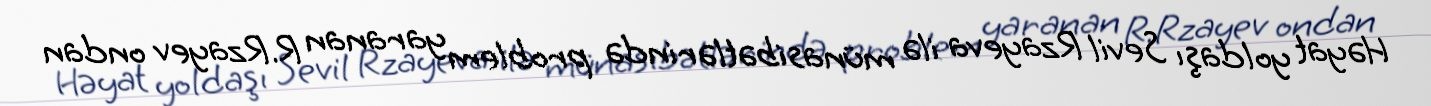
Həyat yoldaşı Sevil Rzayeva ilə münasibətlərində problem yaranan R.Rzayev ondan